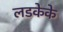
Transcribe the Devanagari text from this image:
लडकेके